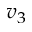
v _ { 3 }